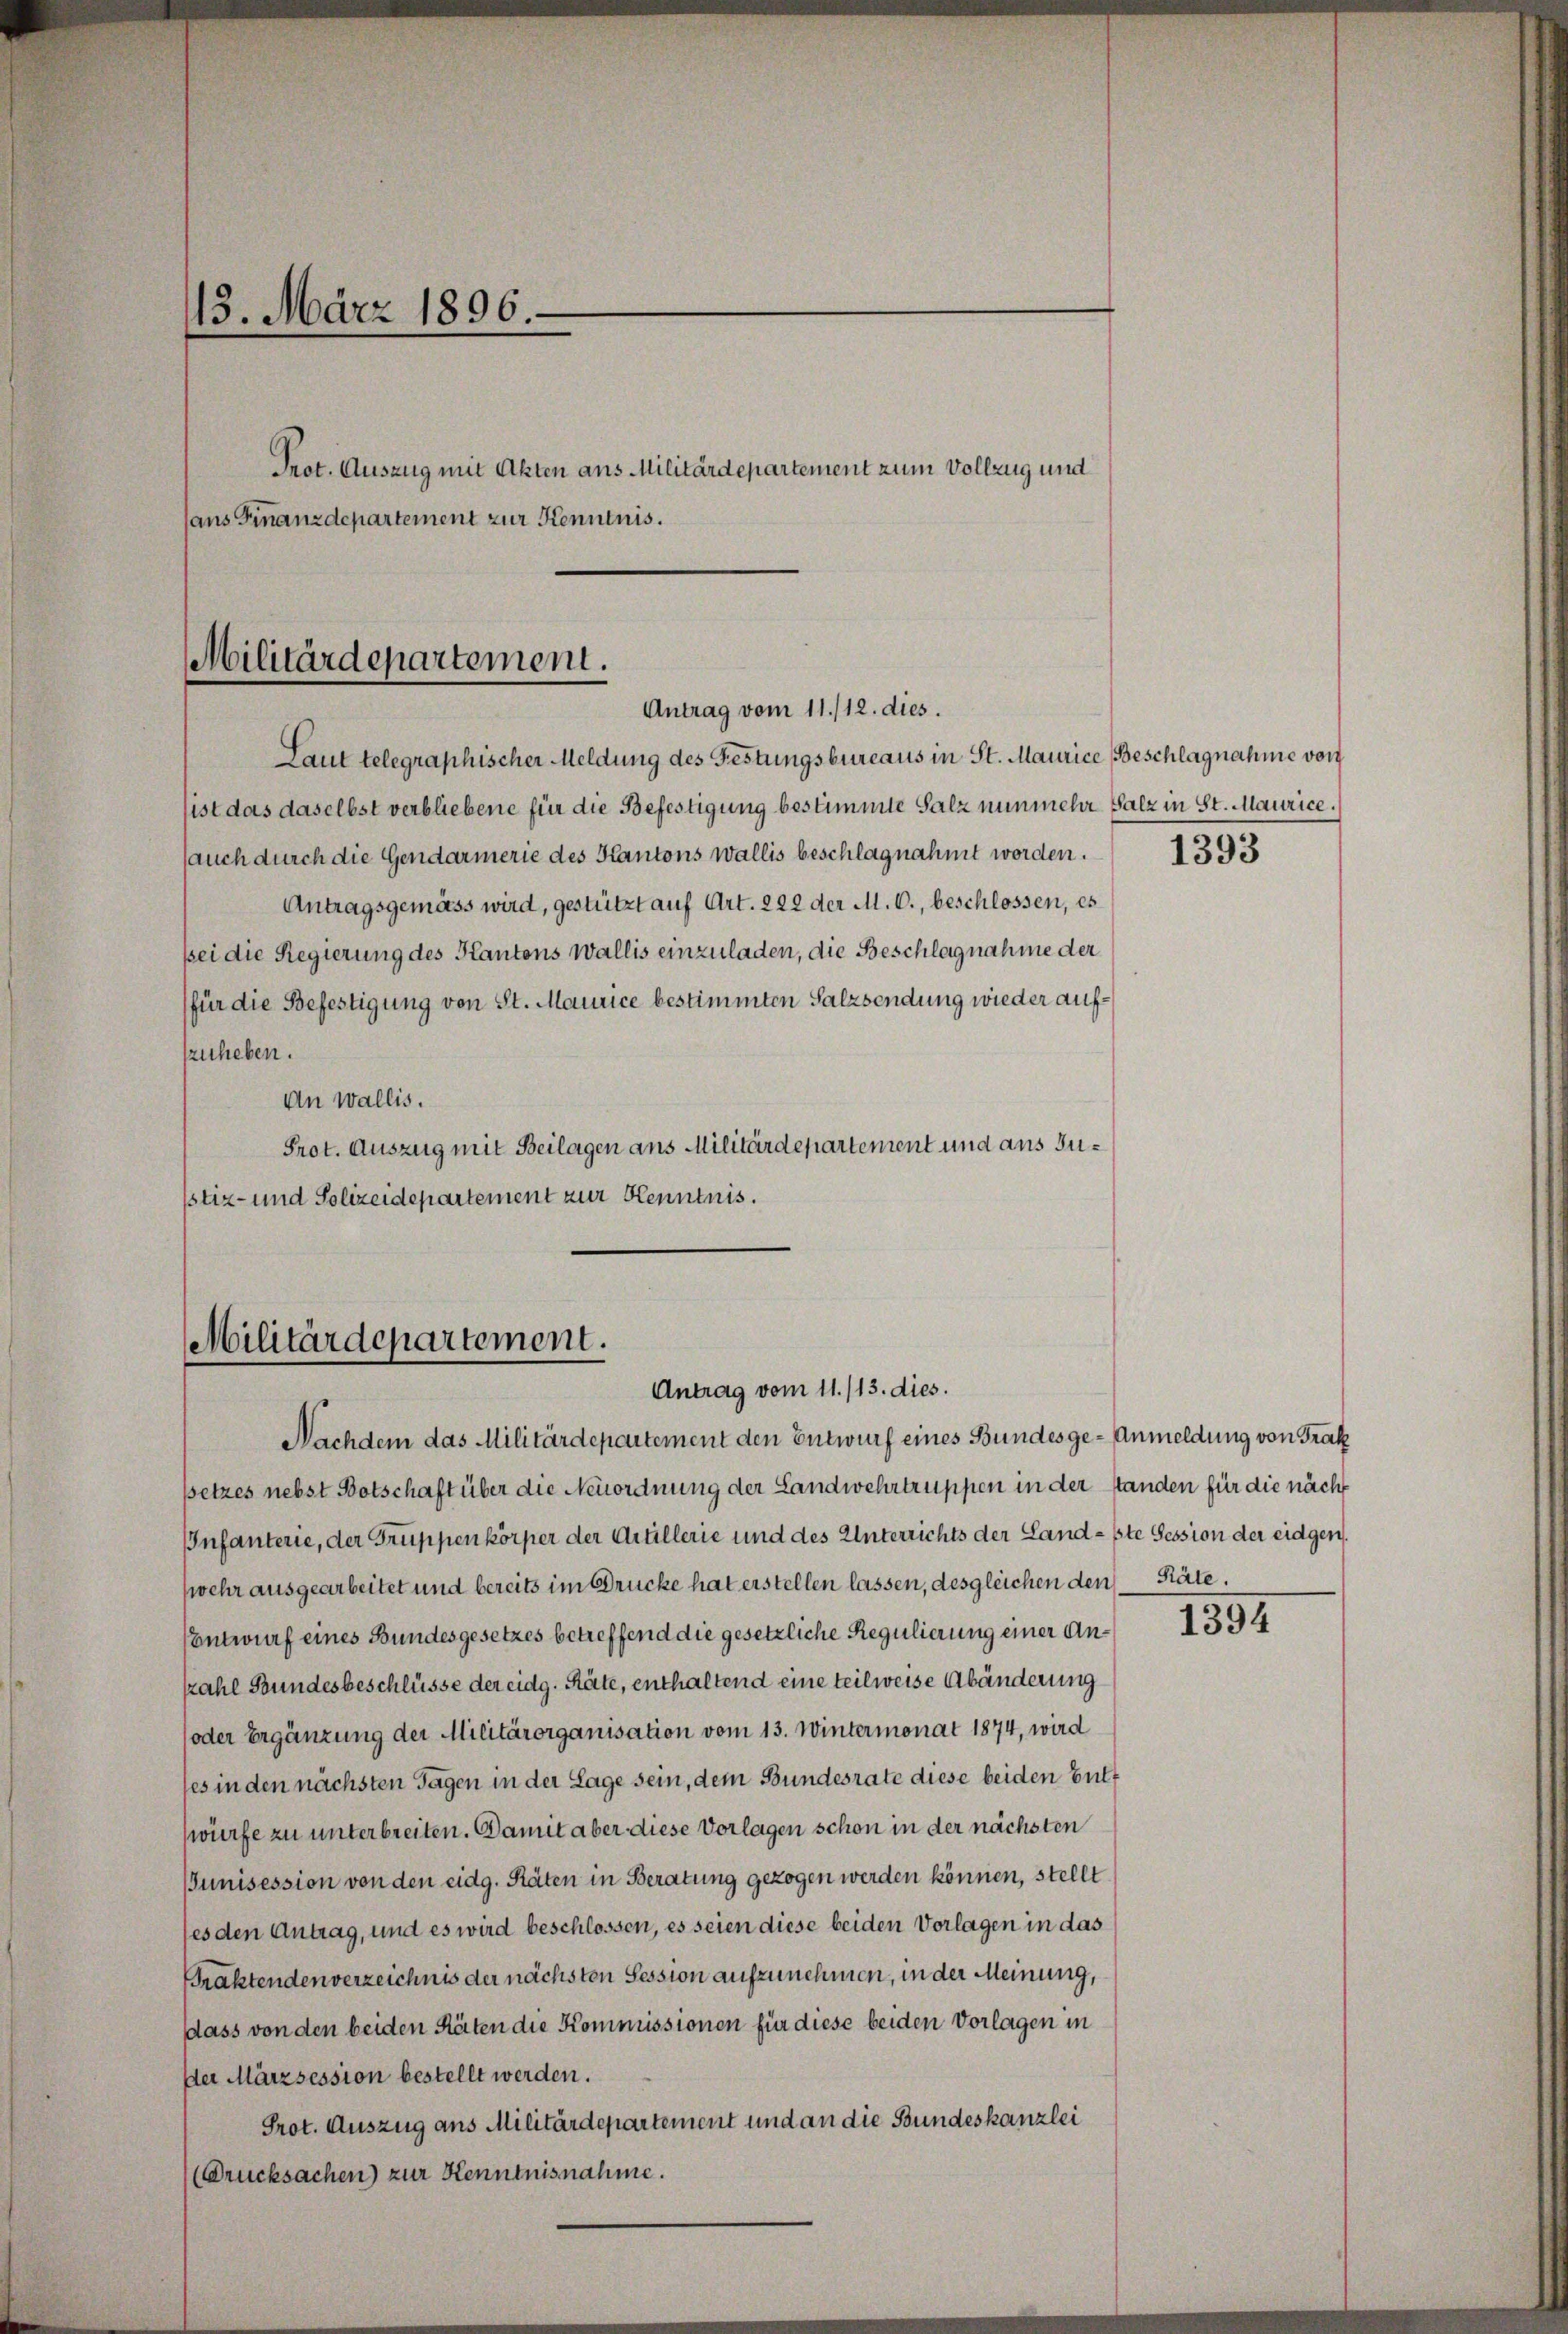
15. März 1896.
Prot. Auszug mit Akten aus Militärdepartement zum Vollzug und
aus Finanzdepartement zur Kenntnis.

Militärdepartement.

Antrag vom 11./12. dies
Laut telegraphischer Meldung des Festungsbureaus in St. Maurice, Beschlagnahme von
sist das daselbst verbliebene für die Befestigung bestimmte Salz nunmehr Salz in St. Maurice.
(auch durch die Gendarmerie des Kantons Wallis beschlagnahmt worden.
Antragsgemäss wird, gestützt auf Art. 222 der M. C., beschlossen, es
Bei die Regierung des Kantons Wallis einzuladen, die Beschlagnahme der
(für die Befestigung von St. Maurice bestimmten Salzsendung wieder aufzuheben.
An Wallis.
Prot. Auszug mit Beilagen aus Militärdepartement und aus Jusstiz- und Polizeidepartement zur Kenntnis.

Militärdepartement.
Antrag vom 11./13. dies.

Nachdem das Militärdepartement den Entwurf eines Bundesge- Anmeldung von Trak
setzes nebst Botschaft über die Neuordnung der Landwehrtruppen in der standen für die nächs
Infanterie, der Gruppenkörper der Artillerie und des Unterrichts der Landste Session der eidgen.
wehr ausgearbeitet und bereits im Drucke hat erstellen lassen, desgleichen den Räte.
Entwurf eines Bundesgesetzes betreffend die gesetzliche Regulierung einer Ankahl Bundesbeschlüsse der eidg. Räte, enthaltend eine teilweise Abänderung
(oder Ergänzung der Militärorganisation vom 13. Wintermonat 1874, wird
ses in den nächsten Tagen in der Lage sein, dem Bundesrate diese beiden Butt
würfe zu unterbreiten. Damit aber diese Vorlagen schon in der nächsten
Junisession von den eidg. Räten in Beratung gezogen werden können, stellt
fes den Antrag, und es wird beschlossen, es seien diese beiden Vorlagen in das
Braktenden verzeichnis der nächsten Session aufzunehmen, in der Meinung,
dass von den beiden Räten die Kommissionen für diese beiden Vorlagen in
Der Märzsession bestellt werden.
Prot. Auszug aus Militärdepartement und an die Bundeskanzlei
Drucksachen) zur Kenntnisnahme.

1393

1394